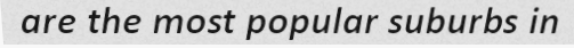
are the most popular suburbs in